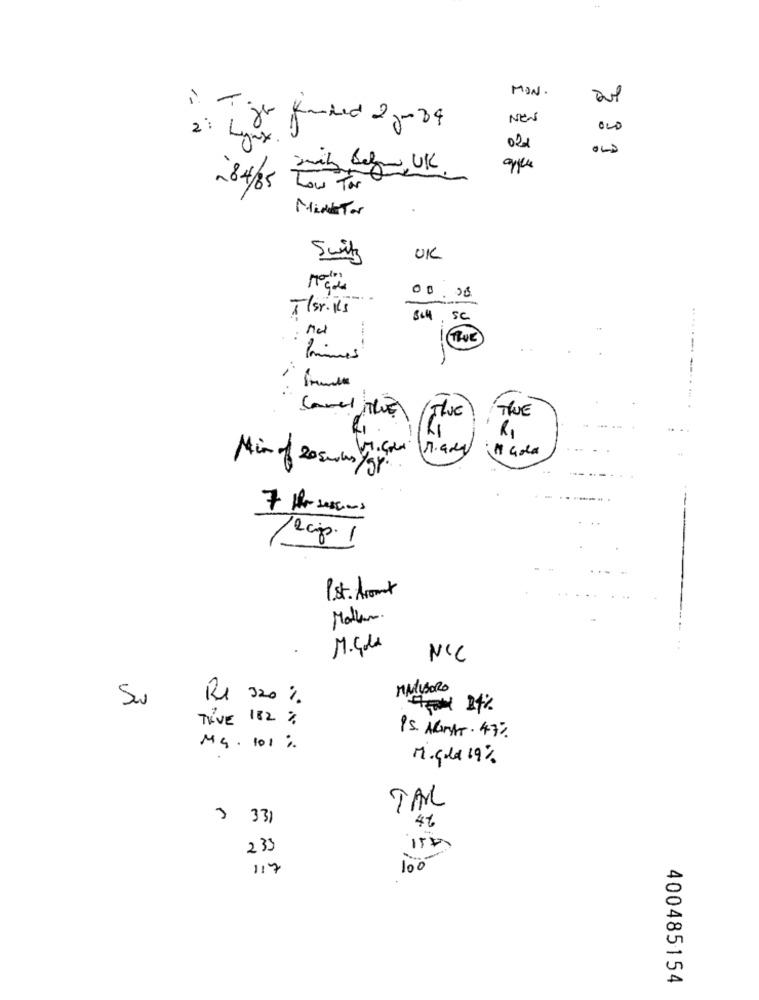
MON.
NEW
" Tiger funded 2 pm 84
. 9
021
184/5 til Lego UK
MinTor
Swith
UK
00.00
Tlsr. Ks
SC
1
---
TRUE
..
Primes
-------....
Camel The)
THE
TRUE
1. Gola
1.aev
Gold
Min of 20 5music.
7 Mir sessions
12 cip. 1
Pst. Aromat
Malin.
M. G.da
NIC
MALIBORO
Rx 320 %
F- 24%
TIVE 182 %
15. ARMAT. 47%
M4. 101 ;
M. cola 19%
TAR
3 331
46
233
117
100
400485154